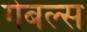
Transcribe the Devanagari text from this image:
गेबल्स